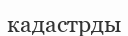
кадастрды